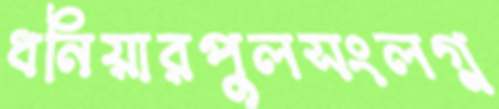
ধনিয়ারপুলসংলগ্ন